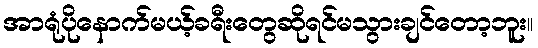
အာရုံပိုနောက်မယ့်ခရီးတွေဆိုရင်မသွားချင်တော့ဘူး။